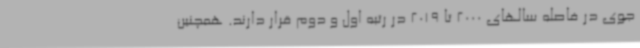
جوی در فاصله سالهای 2000 تا 2019 در رتبه اول و دوم قرار دارند. همچنین